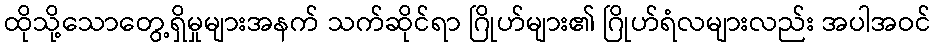
ထိုသို့သောတွေ့ရှိမှုများအနက် သက်ဆိုင်ရာ ဂြိုဟ်များ၏ ဂြိုဟ်ရံလများလည်း အပါအဝင်